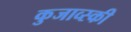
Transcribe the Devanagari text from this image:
कुजाव्स्की